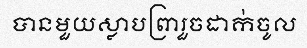
បានមួយស្លាបព្រារួចដាក់ចូល